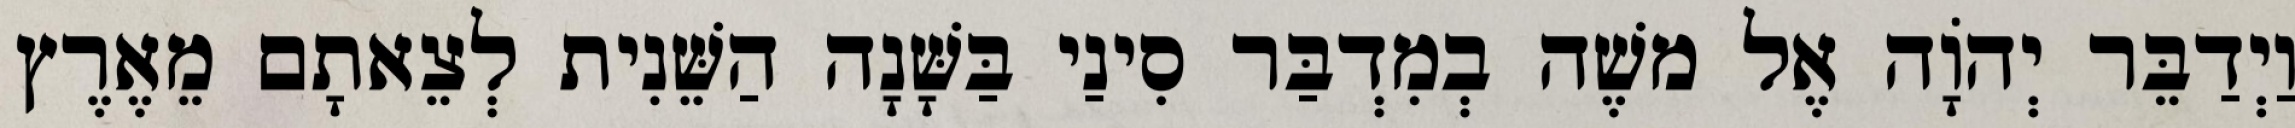
וַיְדַבֵּר יְהוָֹה אֶל משֶׁה בְמִדְבַּר סִינַי בַּשָּׁנָה הַשֵּׁנִית לְצֵאתָם מֵאֶרֶץ